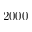
2 0 0 0